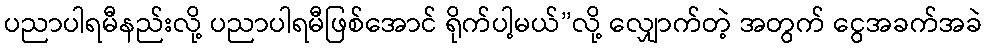
ပညာပါရမီနည်းလို့ ပညာပါရမီဖြစ်အောင် ရိုက်ပါ့မယ်”လို့ လျှောက်တဲ့ အတွက် ငွေအခက်အခဲ